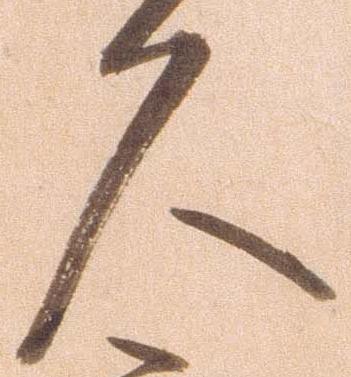
久